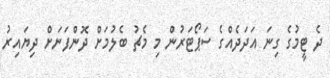
ދެ ޓީމުގެ ގިނަ އަދަދެއްގެ ސަޕޯޓަރުން މި މެޗު ބެލުމަށް ދޮންފަނަށް ދިޔައިރު